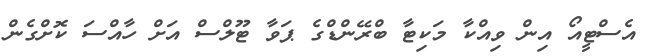
އެސްޓީއޯ އިން ވިއްކާ މަކިޓާ ބްރޭންޑްގެ ޕަވާ ޓޫލްސް އަށް ހާއްސަ ކޮށްގެން